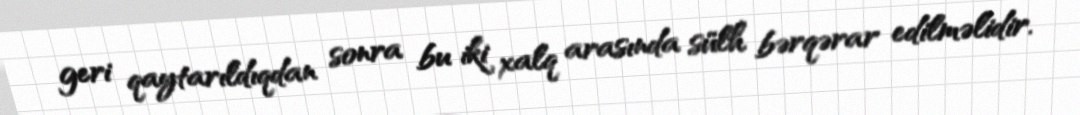
geri qaytarıldıqdan sonra bu iki xalq arasında sülh bərqərar edilməlidir.